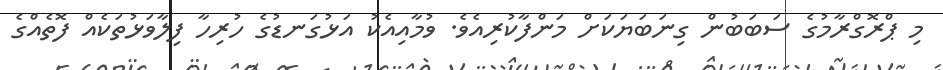
މި ޕްރޮގްރާމުގެ ސަބަބުން ގިނަބަޔަކަށް މަންފާކުރިއެވެ. ވުމާއިއެކު އަޅުގަނޑުގެ ހުރިހާ ފިލާވަޅުތަކެއް ފޮތެއްގެ